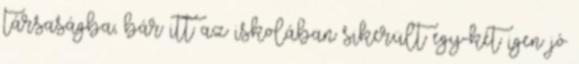
társaságba, bár itt az iskolában sikerült egy-két igen jó